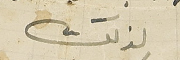
لذلك